Report on the metropolitan horse fairs and district horse shows of 1892-93 - 1892-1893
Year: 1892
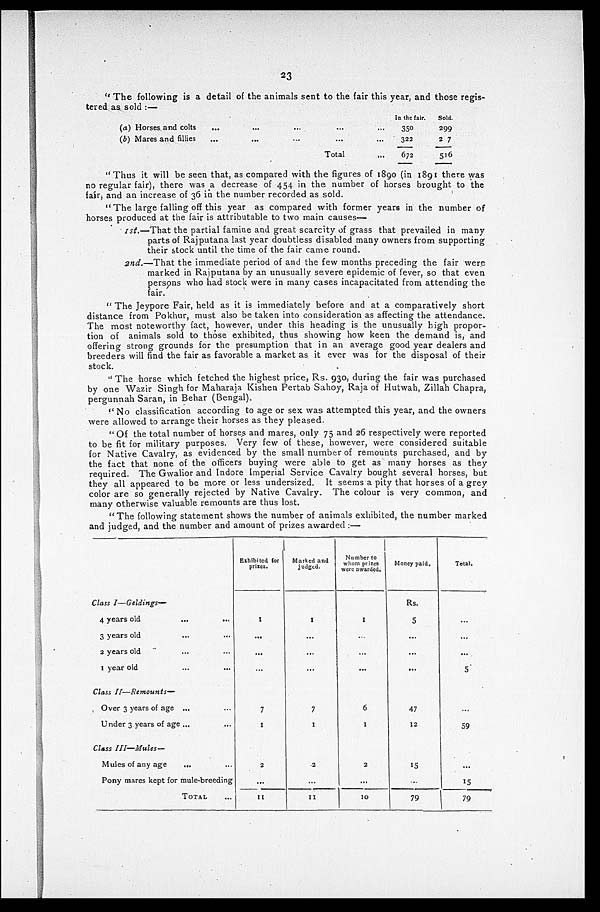
23
"The following is a detail of the animals sent to the fair this year, and those regis-
tered as sold:—
(a) Horses and colts
(b) Mares and fillies
...
...
...
...
...
...
...
...
Total
In the fair.
350
322
672
Sold.
299
2 7
516
"Thus it will be seen that, as compared with the figures of 1890 (in 1891 there was
no regular fair), there was a decrease of 454 in the number of horses brought to the
fair, and an increase of 36 in the number recorded as sold.
"The large falling off this year as compared with former years in the number of
horses produced at the fair is attributable to two main causes—
1st.—That the partial famine and great scarcity of grass that prevailed in many
parts of Rajputana last year doubtless disabled many owners from supporting
their stock until the time of the fair came round.
2nd.—That the immediate period of and the few months preceding the fair were
marked in Rajputana by an unusually severe epidemic of fever, so that even
persons who had stock were in many cases incapacitated from attending the
fair.
"The Jeypore Fair, held as it is immediately before and at a comparatively short
distance from Pokhur, must also be taken into consideration as affecting the attendance.
The most noteworthy fact, however, under this heading is the unusually high propor-
tion of animals sold to those exhibited, thus showing how keen the demand is, and
offering strong grounds for the presumption that in an average good year dealers and
breeders will find the fair as favorable a market as it ever was for the disposal of their
stock.
"The horse which fetched the highest price, Rs. 930, during the fair was purchased
by one Wazir Singh for Maharaja Kishen Pertab Sahoy, Raja of Hutwah, Zillah Chapra,
pergunnah Saran, in Behar (Bengal).
"No classification according to age or sex was attempted this year, and the owners
were allowed to arrange their horses as they pleased.
"Of the total number of horses and mares, only 75 and 26 respectively were reported
to be fit for military purposes. Very few of these, however, were considered suitable
for Native Cavalry, as evidenced by the small number of remounts purchased, and by
the fact that none of the officers buying were able to get as many horses as they
required. The Gwalior and Indore Imperial Service Cavalry bought several horses, but
they all appeared to be more or less undersized. It seems a pity that horses of a grey
color are so generally rejected by Native Cavalry. The colour is very common, and
many otherwise valuable remounts are thus lost.
"The following statement shows the number of animals exhibited, the number marked
and judged, and the number and amount of prizes awarded:—
Class I—Geldings—
4 years old
...
...
3 years old
2 years old
1 year old ... ...
Class
II—Remounts—
Over 3 years of age ...
Under 3 years of age ... ...
Class
III—Mules—
Mules of any age
...
Pony mares kept for mule-breeding
TOTAL
Exhibited for
prizes.
1
...
...
...
7
1
2
...
11
Marked and
judged.
1
...
...
...
7
1
2
11
Number to
whom prizes
were awarded.
1
...
6
1
2
...
10
Money paid.
Rs.
5
...
...
...
47
12
15
79
Total.
...
...
5
59
...
15
79